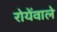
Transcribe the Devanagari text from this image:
रोयेंवाले